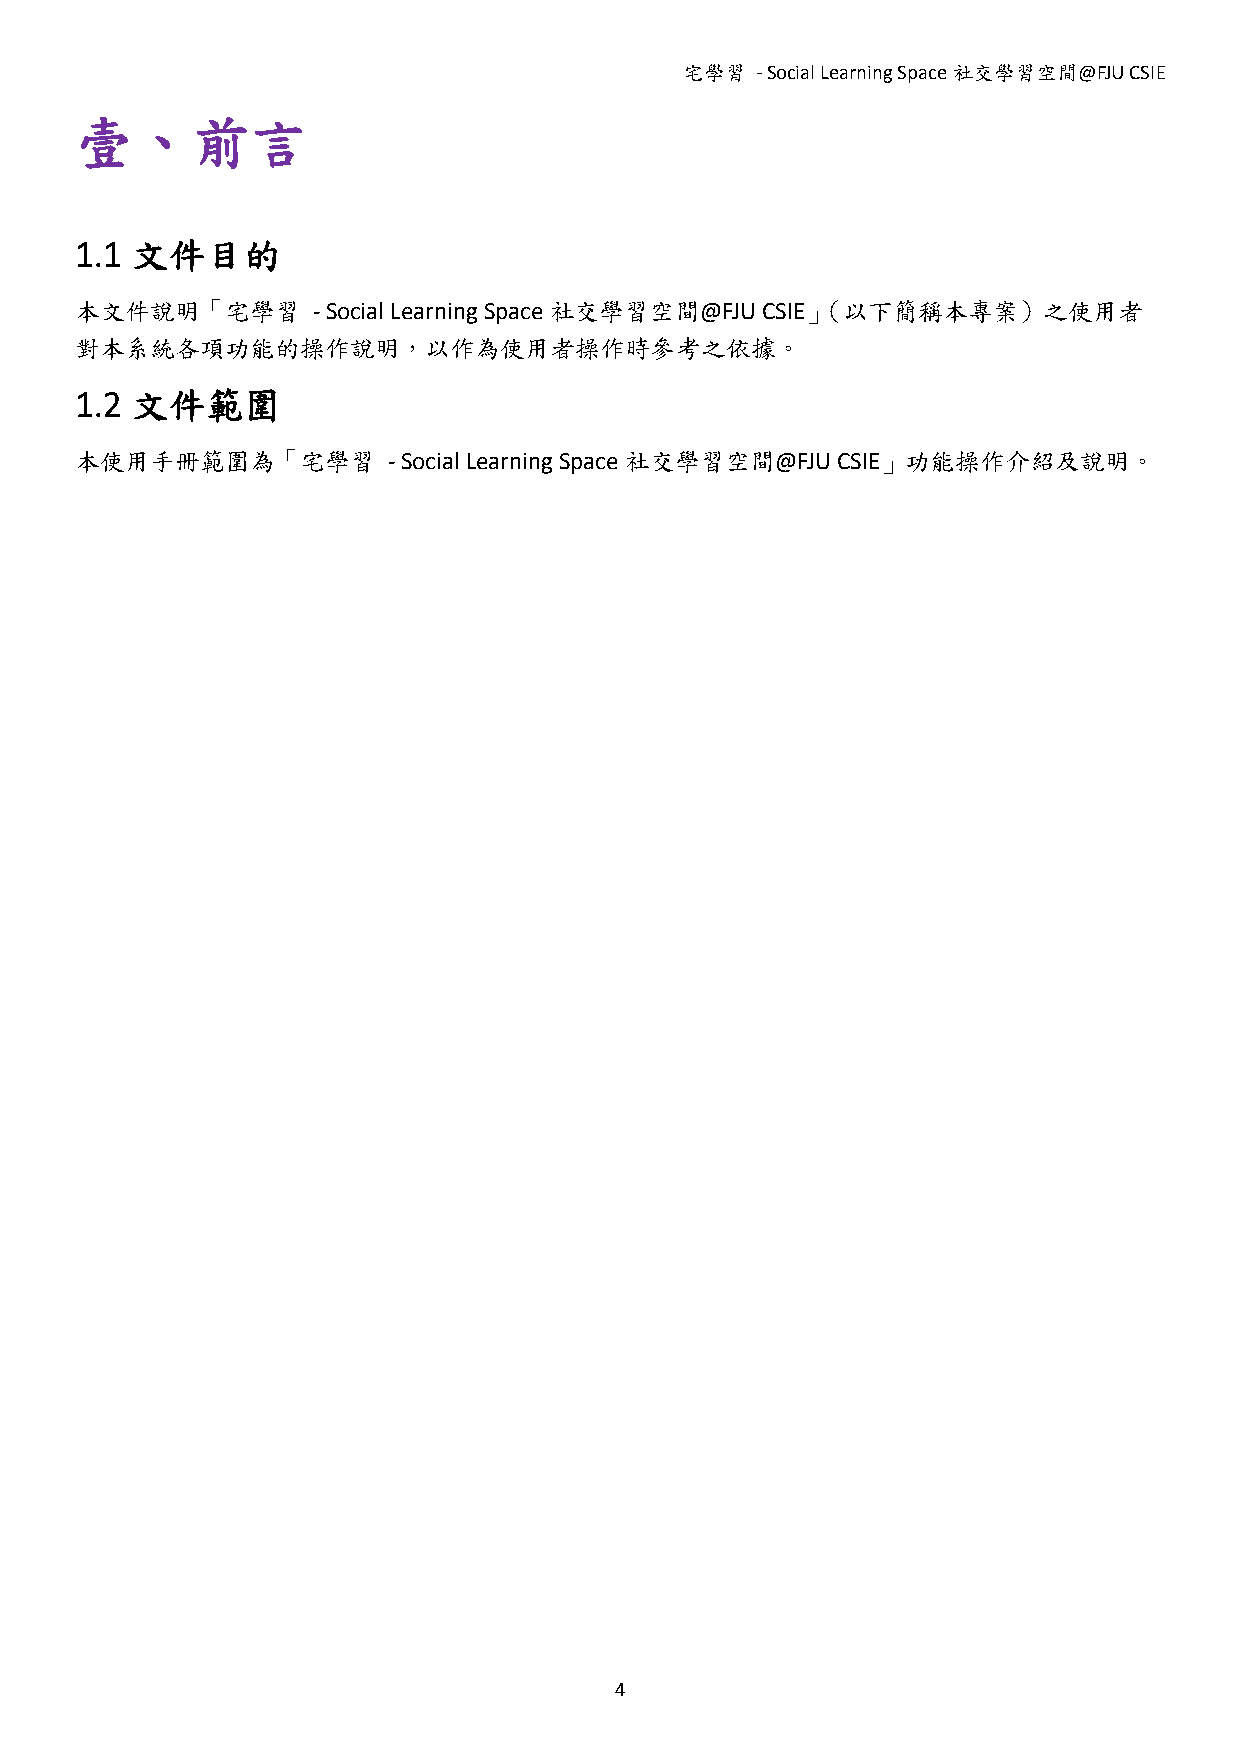
宅學習  - Social Learning Space社交學習空間@FJU CSIE
 壹、前言
 1.1 文件目的
 本文件說明「宅學習       - Social Learning Space 社交學習空間@FJU CSIE」（以下簡稱本專案）之使用者
 對本系統各項功能的操作說明，以作為使用者操作時參考之依據。
 1.2 文件範圍
 本使用手冊範圍為「宅學習         - Social Learning Space 社交學習空間@FJU CSIE」功能操作介紹及說明。
 4